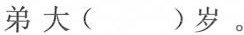
弟大( )岁。